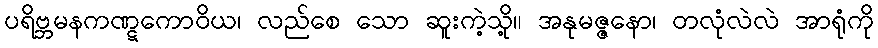
ပရိဗ္ဘမနကဏ္ဋကောဝိယ၊ လည်စေ သော ဆူးကဲ့သို့။ အနုမဇ္ဇနော၊ တလုံလဲလဲ အာရုံကို